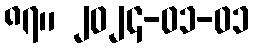
၈၇။ ၂၀၂၄-၀၁-၀၁